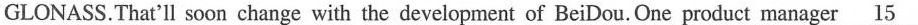
GLONASS.That'll soon change with the development of Bei Dou.One product manager \underline{15}